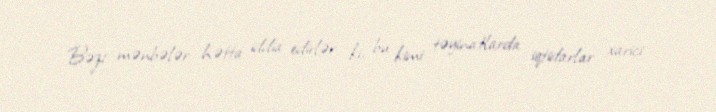
Bəzi mənbələr hətta iddia edirlər ki, bu kimi təyinatlarda iqtidarlar xarici